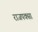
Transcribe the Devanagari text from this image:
राजपक्सा